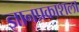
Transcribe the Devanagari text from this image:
ज्ञानप्रकाशला